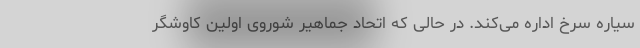
سیاره سرخ اداره می‌کند. در حالی که اتحاد جماهیر شوروی اولین کاوشگر